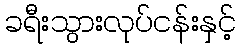
ခရီးသွားလုပ်ငန်းနှင့်